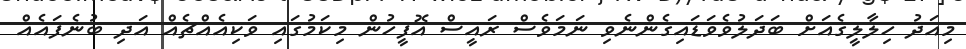
މިއަދު ހިލާލީގެއަށް ބަދަލުވެވަޑައިގެންނެވި ނަމަވެސް ރައީސް އޮފީހުން މިކަމުގައި ވަކިއެއްޗެއް އަދި ބުނެފައެއް